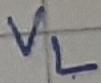
Text: VL